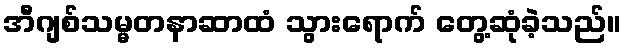
အီဂျစ်သမ္မတနာဆာထံ သွားရောက် တွေ့ဆုံခဲ့သည်။